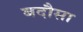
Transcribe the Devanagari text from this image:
बदौसा